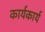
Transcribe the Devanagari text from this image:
कार्यकार्य